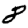
Digit: 8